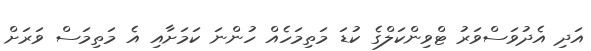
އަދި އެދުވަސްވަރު ޓްވިންކަލްގެ ކުޑަ މަތިމަހެއް ހުންނަ ކަމަށާއި އެ މަތިމަސް ވަރަށް